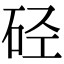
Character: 硁